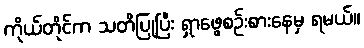
ကိုယ်တိုင်က သတိပြုပြီး ရှာဖွေစဉ်းစားနေမှ ရမယ်။